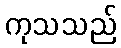
ကုသသည်